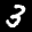
Label: 3